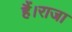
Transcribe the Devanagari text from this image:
हैं।राजा